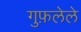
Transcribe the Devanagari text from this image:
गुफ़लेले